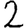
Digit: 2